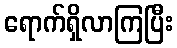
ရောက်ရှိလာကြပြီး